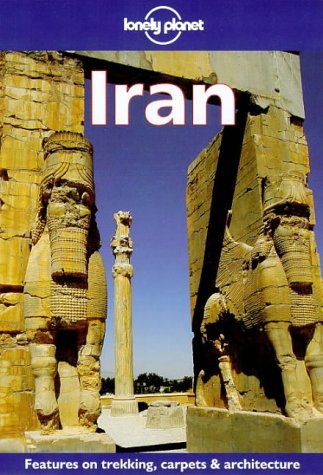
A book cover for Lonely Planet Iran (Iran, 2nd ed); Paul Greenway; Travel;